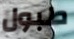
طبول